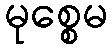
မုစ္စေမ